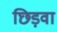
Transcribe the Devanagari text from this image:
छिड़वा